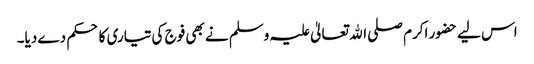
اس لیے حضور اکرم صلی اﷲ تعالیٰ علیہ وسلم نے بھی فوج کی تیاری کا حکم دے دیا۔